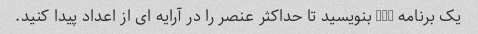
یک برنامه ++C بنویسید تا حداکثر عنصر را در آرایه ای از اعداد پیدا کنید.